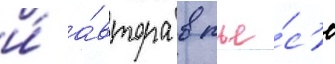
и́ а́втора в пье́с'е